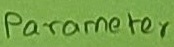
Text: Parameter